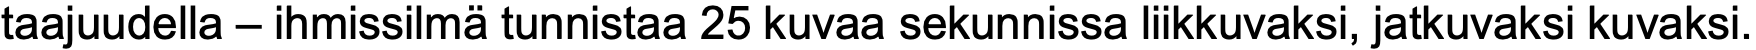
taajuudella – ihmissilmä tunnistaa 25 kuvaa sekunnissa liikkuvaksi, jatkuvaksi kuvaksi.